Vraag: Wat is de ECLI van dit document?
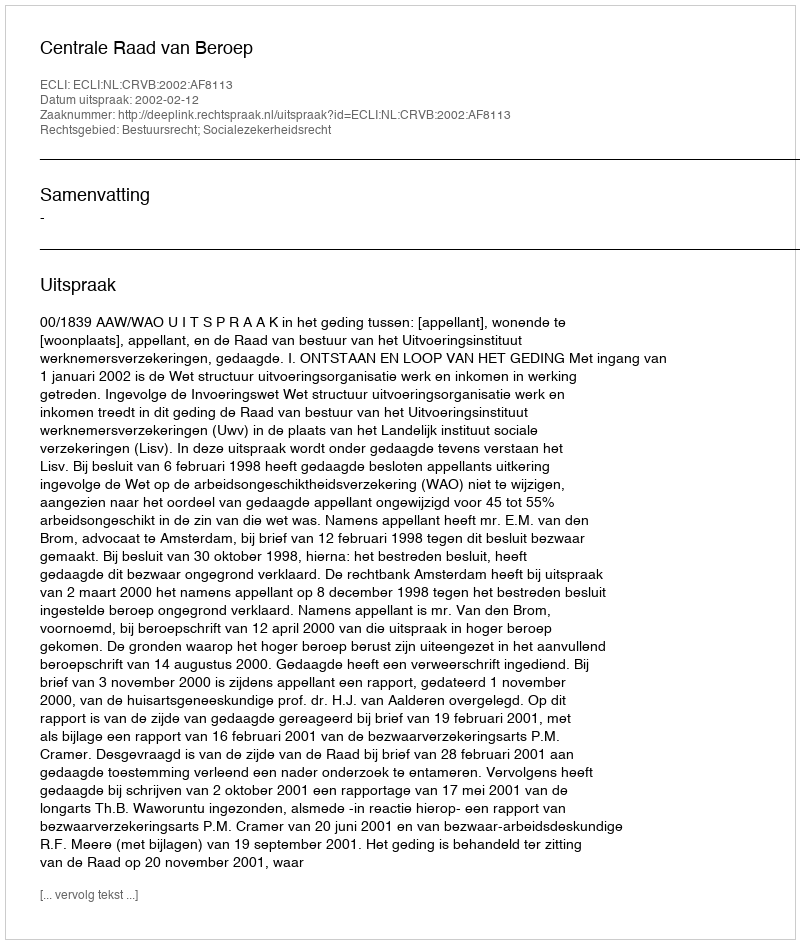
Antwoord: ECLI:NL:CRVB:2002:AF8113